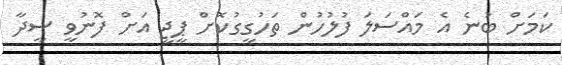
ކަމަށް ބުނެ އެ މައްސަލަ ފުލުހުން ތަހުގީގުކޮށް ޕީޖީ އަށް ފޮނުވީ ސީދާ